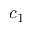
c _ { 1 }